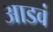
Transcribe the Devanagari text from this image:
आडवं